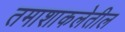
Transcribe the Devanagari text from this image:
तमाशाकलेतील